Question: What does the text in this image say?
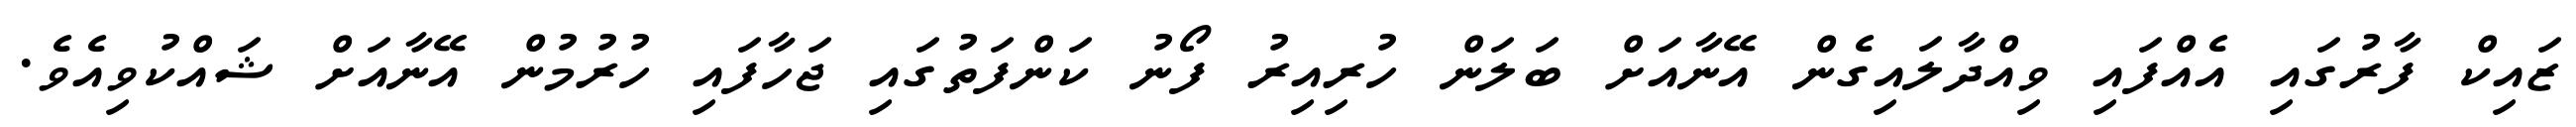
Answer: ޒައިކް ފާރުގައި އެއްފައި ވިއްދާލައިގެން އޭނާއަށް ބަލަން ހުރިއިރު ފޯނު ކަންފަތުގައި ޖަހާފައި ހުރުމުން އޭނާއަށް ޝައްކުވިއެވެ.